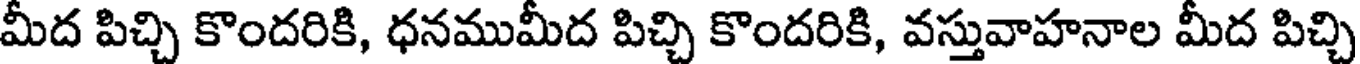
మీద పిచ్చి కొందరికి, ధనముమీద పిచ్చి కొందరికి, వస్తువాహనాల మీద పిచ్చి